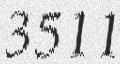
3511